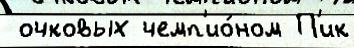
 очковых чемп'ио́ном П'ик